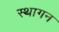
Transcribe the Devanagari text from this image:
स्थागन